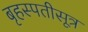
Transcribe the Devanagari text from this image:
बृहस्पतीसूत्र